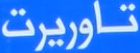
تاوریرت